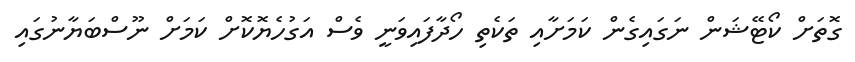
ގޮތަށް ކޯޓޭޝަން ނަގައިގެން ކަމަށާއި ތަކެތި ހޯދާފައިވަނީ ވެސް އަގުހެޔޮކޮށް ކަމަށް ނޫސްބަޔާނުގައި